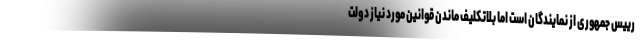
رییس جمهوری از نمایندگان است اما بلاتکلیف ماندن قوانین مورد نیاز دولت